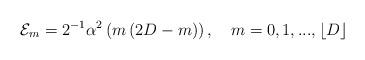
LaTeX: \begin{align*}\mathcal{E}_{m}=2^{-1}\alpha ^{2}\left( m\left( 2D-m\right) \right) ,\text{\ \ \ }m=0,1,...,\left\lfloor D\right\rfloor \end{align*}